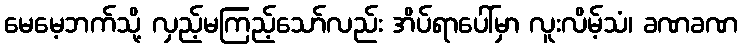
မေမေ့ဘက်သို့ လှည့်မကြည့်သော်လည်း အိပ်ရာပေါ်မှာ လူးလိမ့်သံ၊ ခဏခဏ